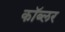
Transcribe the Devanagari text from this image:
कॉब्लर